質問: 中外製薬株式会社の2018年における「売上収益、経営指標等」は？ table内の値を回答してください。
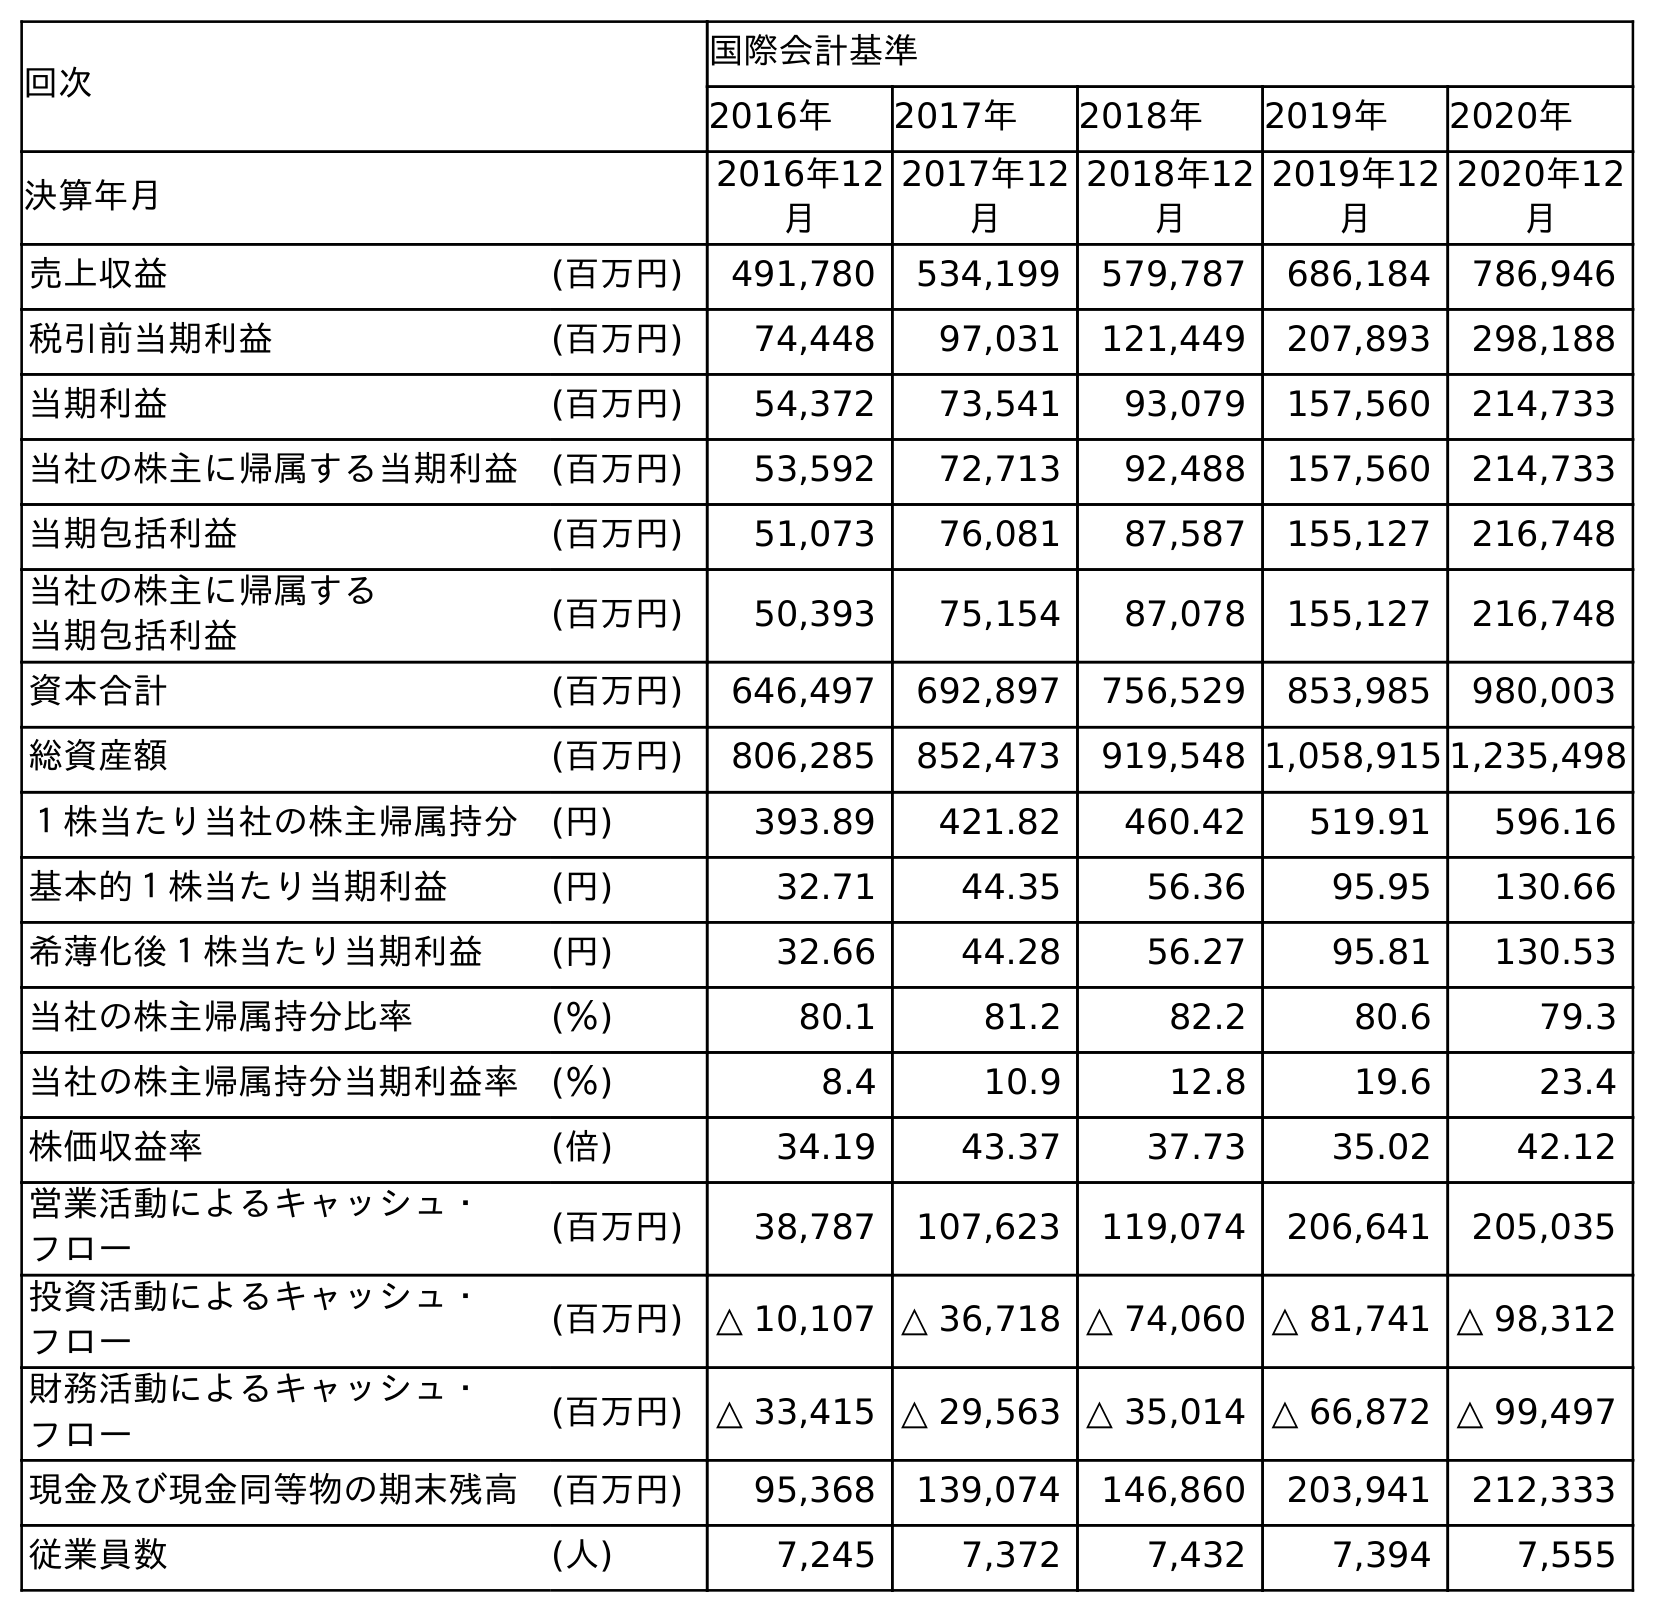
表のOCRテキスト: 回次 国際会計基準 2016年 2017年 2018年 2019年 2020年 決算年月 2016年12 月 2017年12 月 2018年12 月 2019年12 月 2020年12 月 売上収益 (百万円) 491,780 534,199 579,787 686,184 786,946 税引前当期利益 (百万円) 74,448 97,031 121,449 207,893 298,188 当期利益 (百万円) 54,372 73,541 93,079 157,560 214,733 当社の株主に帰属する当期利益 (百万円) 53,592 72,713 92,488 157,560 214,733 当期包括利益 (百万円) 51,073 76,081 87,587 155,127 216,748 当社の株主に帰属する 当期包括利益 (百万円) 50,393 75,154 87,078 155,127 216,748 資本合計 (百万円) 646,497 692,897 756,529 853,985 980,003 総資産額 (百万円) 806,285 852,473 919,548 1,058,915 1,235,498 １株当たり当社の株主帰属持分 (円) 393.89 421.82 460.42 519.91 596.16 基本的１株当たり当期利益 (円) 32.71 44.35 56.36 95.95 130.66 希薄化後１株当たり当期利益 (円) 32.66 44.28 56.27 95.81 130.53 当社の株主帰属持分比率 (％) 80.1 81.2 82.2 80.6 79.3 当社の株主帰属持分当期利益率 (％) 8.4 10.9 12.8 19.6 23.4 株価収益率 (倍) 34.19 43.37 37.73 35.02 42.12 営業活動によるキャッシュ・ フロー (百万円) 38,787 107,623 119,074 206,641 205,035 投資活動によるキャッシュ・ フロー (百万円) △ 10,107 △ 36,718 △ 74,060 △ 81,741 △ 98,312 財務活動によるキャッシュ・ フロー (百万円) △ 33,415 △ 29,563 △ 35,014 △ 66,872 △ 99,497 現金及び現金同等物の期末残高 (百万円) 95,368 139,074 146,860 203,941 212,333 従業員数 (人) 7,245 7,372 7,432 7,394 7,555
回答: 579,787